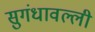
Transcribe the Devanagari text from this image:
सुगंधावल्ली